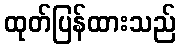
ထုတ်ပြန်ထားသည်